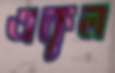
একূল